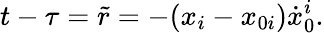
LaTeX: t-\tau=\tilde{r}=-(x_{i}-x_{0i}){\dot{x}}_{0}^{i}.